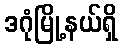
ဒဂုံမြို့နယ်ရှိ